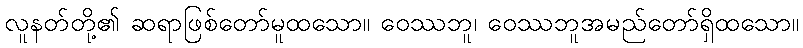
လူနတ်တို့၏ ဆရာဖြစ်တော်မူထသော။ ဝေဿဘူ၊ ဝေဿဘူအမည်တော်ရှိထသော။